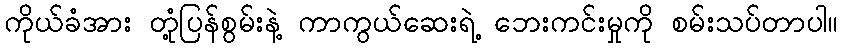
ကိုယ်ခံအား တုံ့ပြန်စွမ်းနဲ့ ကာကွယ်ဆေးရဲ့ ဘေးကင်းမှုကို စမ်းသပ်တာပါ။